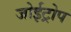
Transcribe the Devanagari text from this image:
जोईट्रोप